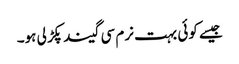
جیسے کوئی بہت نرم سی گیند پکڑ لی ہو۔